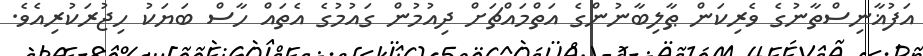
އަފުޣާނިސްތާނުގެ ވެރިކަން ޠާލިބާނުންގެ އަތްމައްޗަށް ދިއުމުން ގައުމުގެ އެތައް ހާސް ބަޔަކު ހިޖުރަކުރިއެވެ.